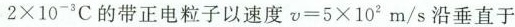
2×{10}^{-3} 的带正电粒子以速度v=5×{10}^{2} m/s沿垂直于